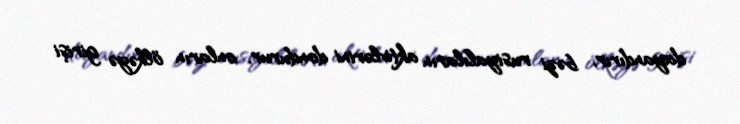
dayandırır, bəzi rusiyalıların aktivlərini dondurur, onların ölkəyə girişi